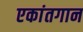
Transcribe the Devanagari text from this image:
एकांतगान